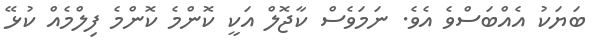
ބަޔަކު އެއްބަސްވެ އެވެ. ނަމަވެސް ކާޖޮލް އަކީ ކޮންމެ ކޮންމެ ފިލްމެއް ކުޅޭ